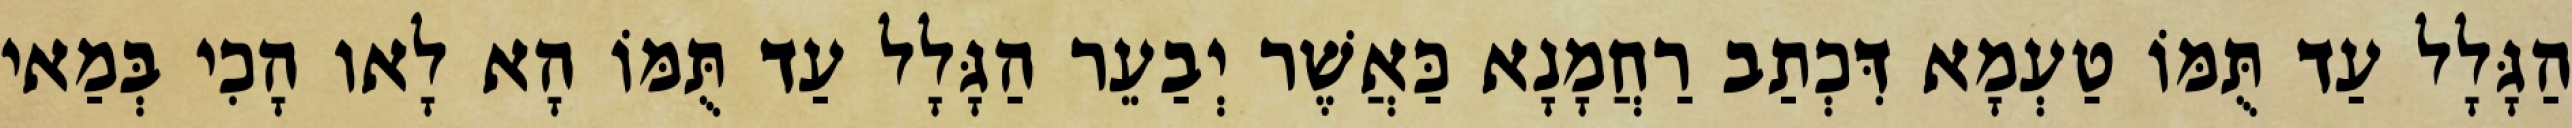
הַגָּלָל עַד תֻּמּוֹ טַעְמָא דִּכְתַב רַחֲמָנָא כַּאֲשֶׁר יְבַעֵר הַגָּלָל עַד תֻּמּוֹ הָא לָאו הָכִי בְּמַאי